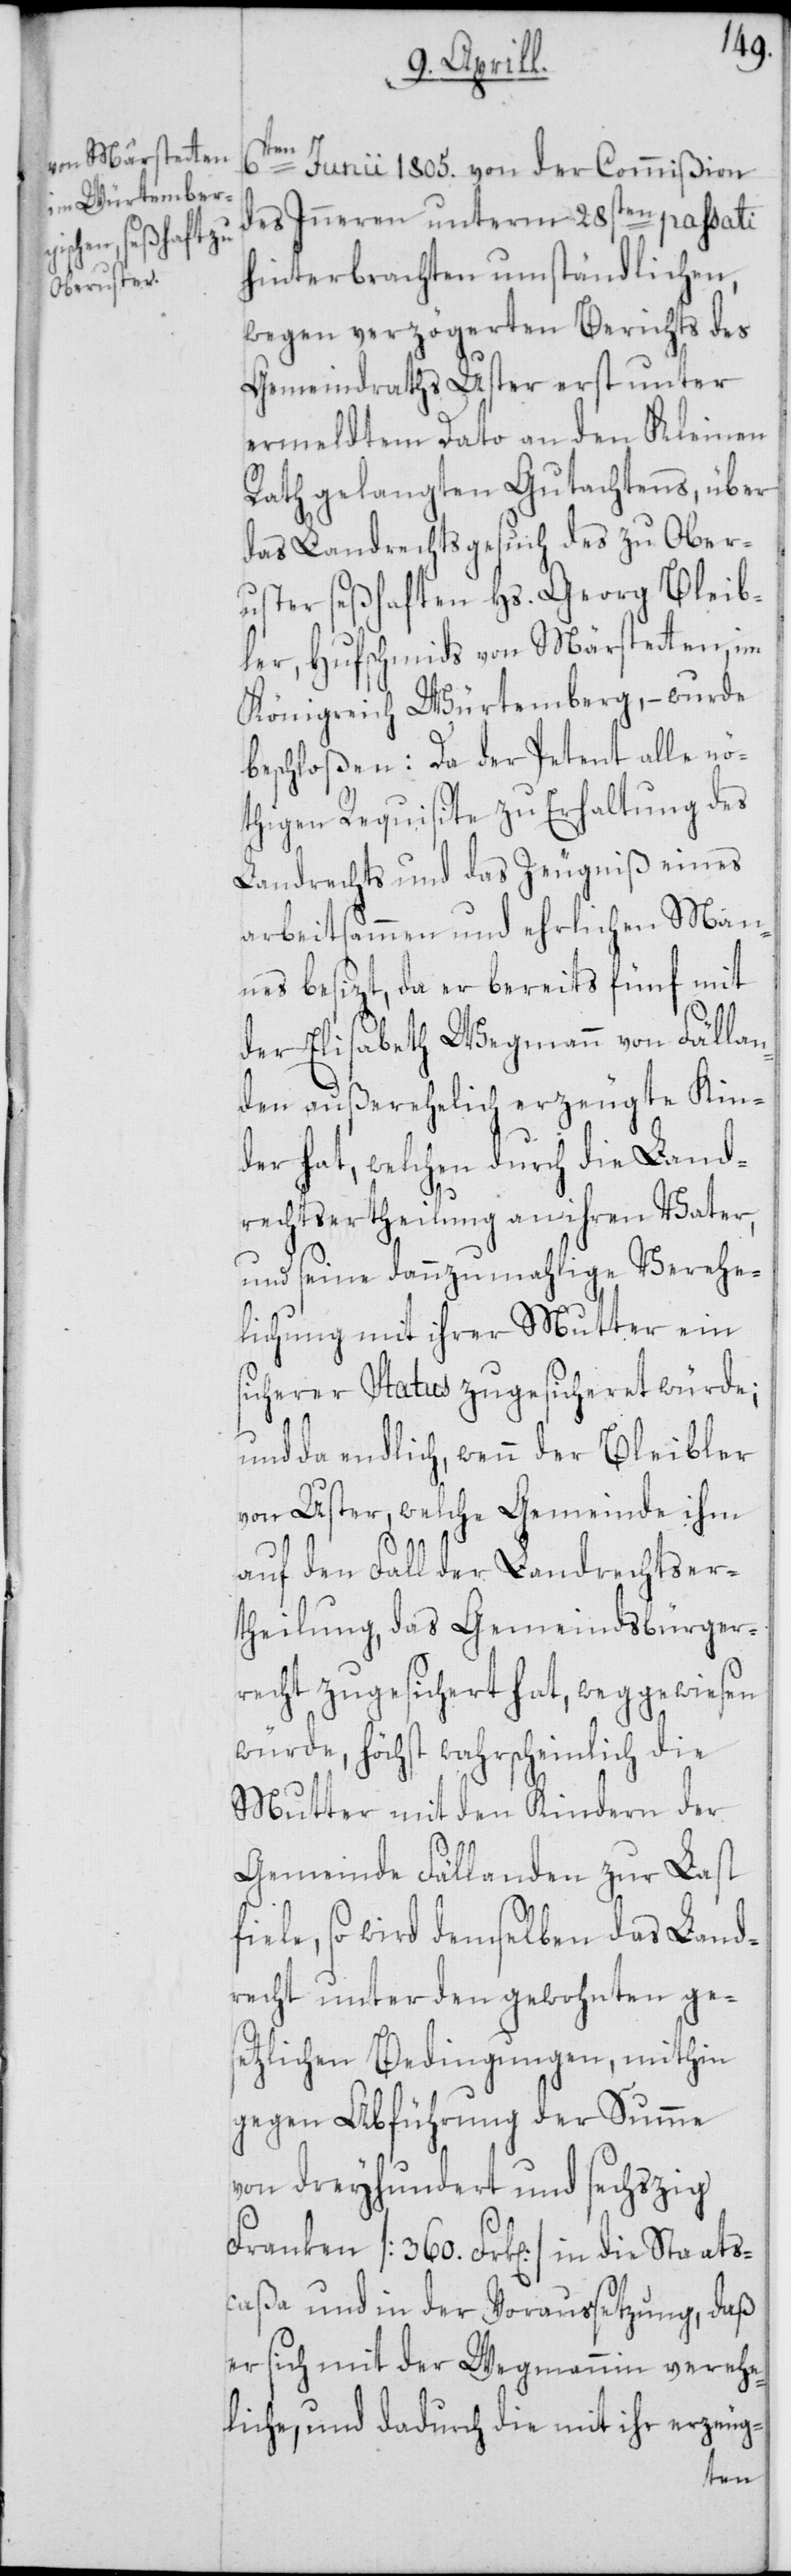
6ten
Junii 1805. von der Commißion
des Inneren unterm 28sten passati
hinterbrachten umständlichen,
wegen verzögerten Berichts des
Gemeindraths Uster erst unter
ermeldtem Dato an den Kleinen
Rath gelangten Gutachtens, über
das Landrechtsgesuch des zu Ober¬
uster seßhaften Hs. Georg Bleib¬
ler, Hufschmids von Märstetten, im
Königreich Würtemberg, – wurde
beschloßen: Da der Petent alle nö¬
thigen Requisite zu Erhaltung des
Landrechts und das Zeugniß eines
arbeitsammen und ehrlichen Man¬
nes besizt, da er bereits fünf mit
der Elisabeth Wegmann von Fällan¬
den außerehelich erzeugte Kin¬
der hat, welchen durch die Land¬
rechtsertheilung an ihren Vater,
und seine dannzumahlige Verehe¬
lichung mit ihrer Mutter ein
sicherer Status zugesicheret würde;
und da endlich, wenn der Bleibler
von Uster, welche Gemeinde ihm
auf den Fall der Landrechtser¬
theilung, das Gemeindsbürger¬
recht zugesichert hat, weggewiesen
würde, höchst wahrscheinlich die
Mutter mit den Kindern der
Gemeinde Fällanden zur Last
fiele, so wird demselben das Land¬
recht unter den gewohnten ges¬
etzlichen Bedingungen, mithin
gegen Abführung der Summe
von dreyhundert und sechszig
Franken [360. Frk[en]] in die Staats¬
caßa und in der Voraussetzung, daß
er sich mit der Wegmannin verehe¬
liche, und dadurch die mit ihr erzeug-